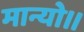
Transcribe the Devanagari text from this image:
मान्यो॥